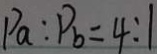
P _ { a } : P _ { b } = 4 : 1